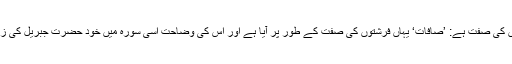
’صَافَّاتِ‘ فرشتوں کی صفت ہے: ’صَافَّاتِ‘ یہاں فرشتوں کی صفت کے طور پر آیا ہے اور اس کی وضاحت اسی سورہ میں خود حضرت جبریلؑ کی زبانی ہو گئی ہے۔